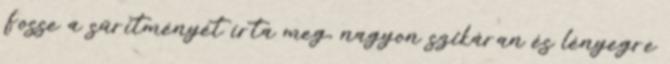
Fosse a sűrítményét írta meg, nagyon szikáran és lényegre